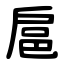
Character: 扈